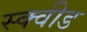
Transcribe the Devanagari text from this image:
स्क्वीड